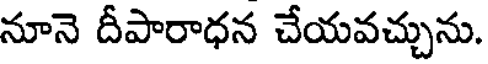
నూనె దీపారాధన చేయవచ్చును.